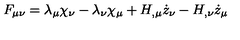
F _ { \mu \nu } = \lambda _ { \mu } \chi _ { \nu } - \lambda _ { \nu } \chi _ { \mu } + H _ { , \mu } \dot { z } _ { \nu } - H _ { , \nu } \dot { z } _ { \mu }